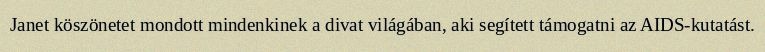
Janet köszönetet mondott mindenkinek a divat világában, aki segített támogatni az AIDS-kutatást.